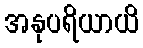
အနုပရိယာယိ